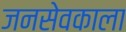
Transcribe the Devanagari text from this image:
जनसेवकाला